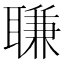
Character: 𦖾